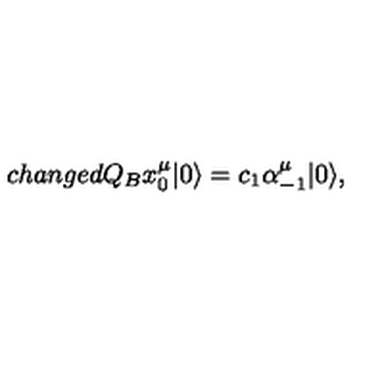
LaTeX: c h a n g e d Q _ { B } x _ { 0 } ^ { \mu } | 0 \rangle = c _ { 1 } \alpha _ { - 1 } ^ { \mu } | 0 \rangle ,